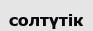
солтүтік